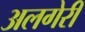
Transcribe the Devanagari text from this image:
अलगेरी